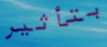
بتأثير